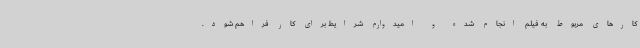
کارهای مربوط به فیلم انجام شده و امیدوارم شرایط برای کار فراهم شود.